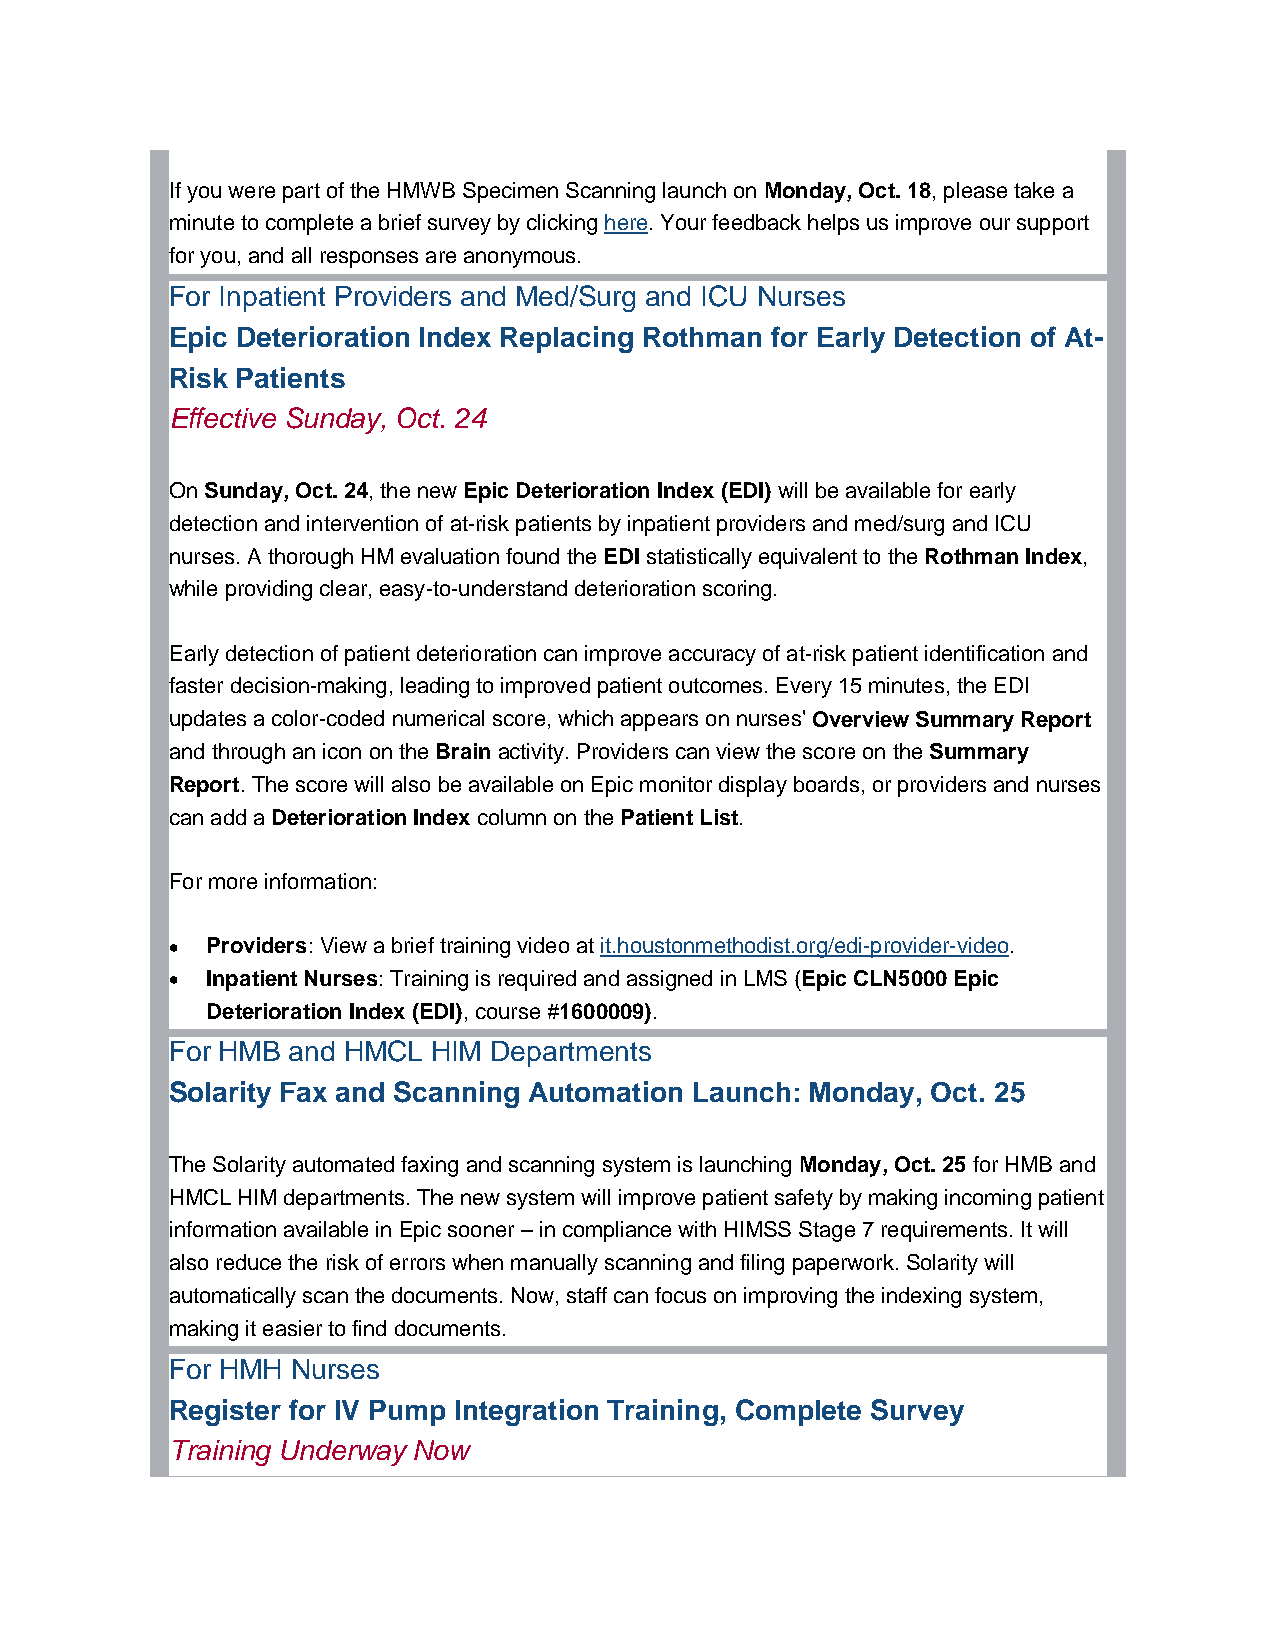
If you were part of the HMWB Specimen Scanning launch on Monday, Oct. 18, please take a
 minute to complete a brief survey by clicking here. Your feedback helps us improve our support
 for you, and all responses are anonymous.
 For Inpatient Providers and Med/Surg and ICU Nurses
 Epic Deterioration Index Replacing Rothman for Early Detection of At-
 Risk Patients
 Effective Sunday, Oct. 24
 On Sunday, Oct. 24, the new Epic Deterioration Index (EDI) will be available for early
 detection and intervention of at-risk patients by inpatient providers and med/surg and ICU
 nurses. A thorough HM evaluation found the EDI statistically equivalent to the Rothman Index,
 while providing clear, easy-to-understand deterioration scoring.
 Early detection of patient deterioration can improve accuracy of at-risk patient identification and
 faster decision-making, leading to improved patient outcomes. Every 15 minutes, the EDI
 updates a color-coded numerical score, which appears on nurses' Overview Summary Report
 and through an icon on the Brain activity. Providers can view the score on the Summary
 Report. The score will also be available on Epic monitor display boards, or providers and nurses
 can add a Deterioration Index column on the Patient List.
 For more information:
 •  Providers: View a brief training video at it.houstonmethodist.org/edi-provider-video.
 •  Inpatient Nurses: Training is required and assigned in LMS (Epic CLN5000 Epic
 Deterioration Index (EDI), course #1600009).
 For HMB and HMCL  HIM Departments
 Solarity Fax and Scanning Automation Launch: Monday, Oct. 25
 The Solarity automated faxing and scanning system is launching Monday, Oct. 25 for HMB and
 HMCL HIM departments. The new system will improve patient safety by making incoming patient
 information available in Epic sooner – in compliance with HIMSS Stage 7 requirements. It will
 also reduce the risk of errors when manually scanning and filing paperwork. Solarity will
 automatically scan the documents. Now, staff can focus on improving the indexing system,
 making it easier to find documents.
 For HMH Nurses
 Register for IV Pump Integration Training, Complete Survey
 Training Underway Now